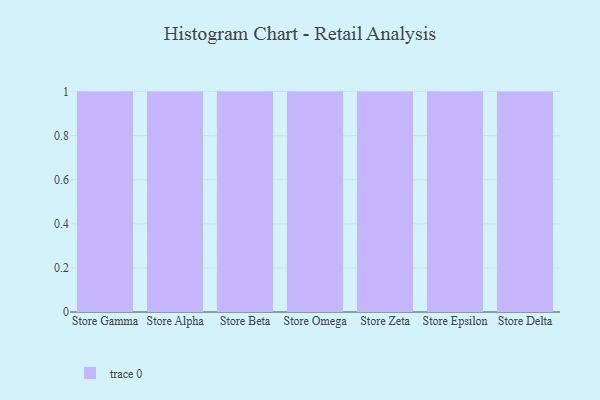
{"axis": {"x": "Store", "y": "Inventory Turnover"}, "legend": [""], "data": [{"x": "Store Gamma", "y": 9, "type": ""}, {"x": "Store Alpha", "y": 99, "type": ""}, {"x": "Store Beta", "y": 67, "type": ""}, {"x": "Store Omega", "y": 6, "type": ""}, {"x": "Store Zeta", "y": 77, "type": ""}, {"x": "Store Epsilon", "y": 52, "type": ""}, {"x": "Store Delta", "y": 81, "type": ""}]}